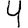
Digit: 4